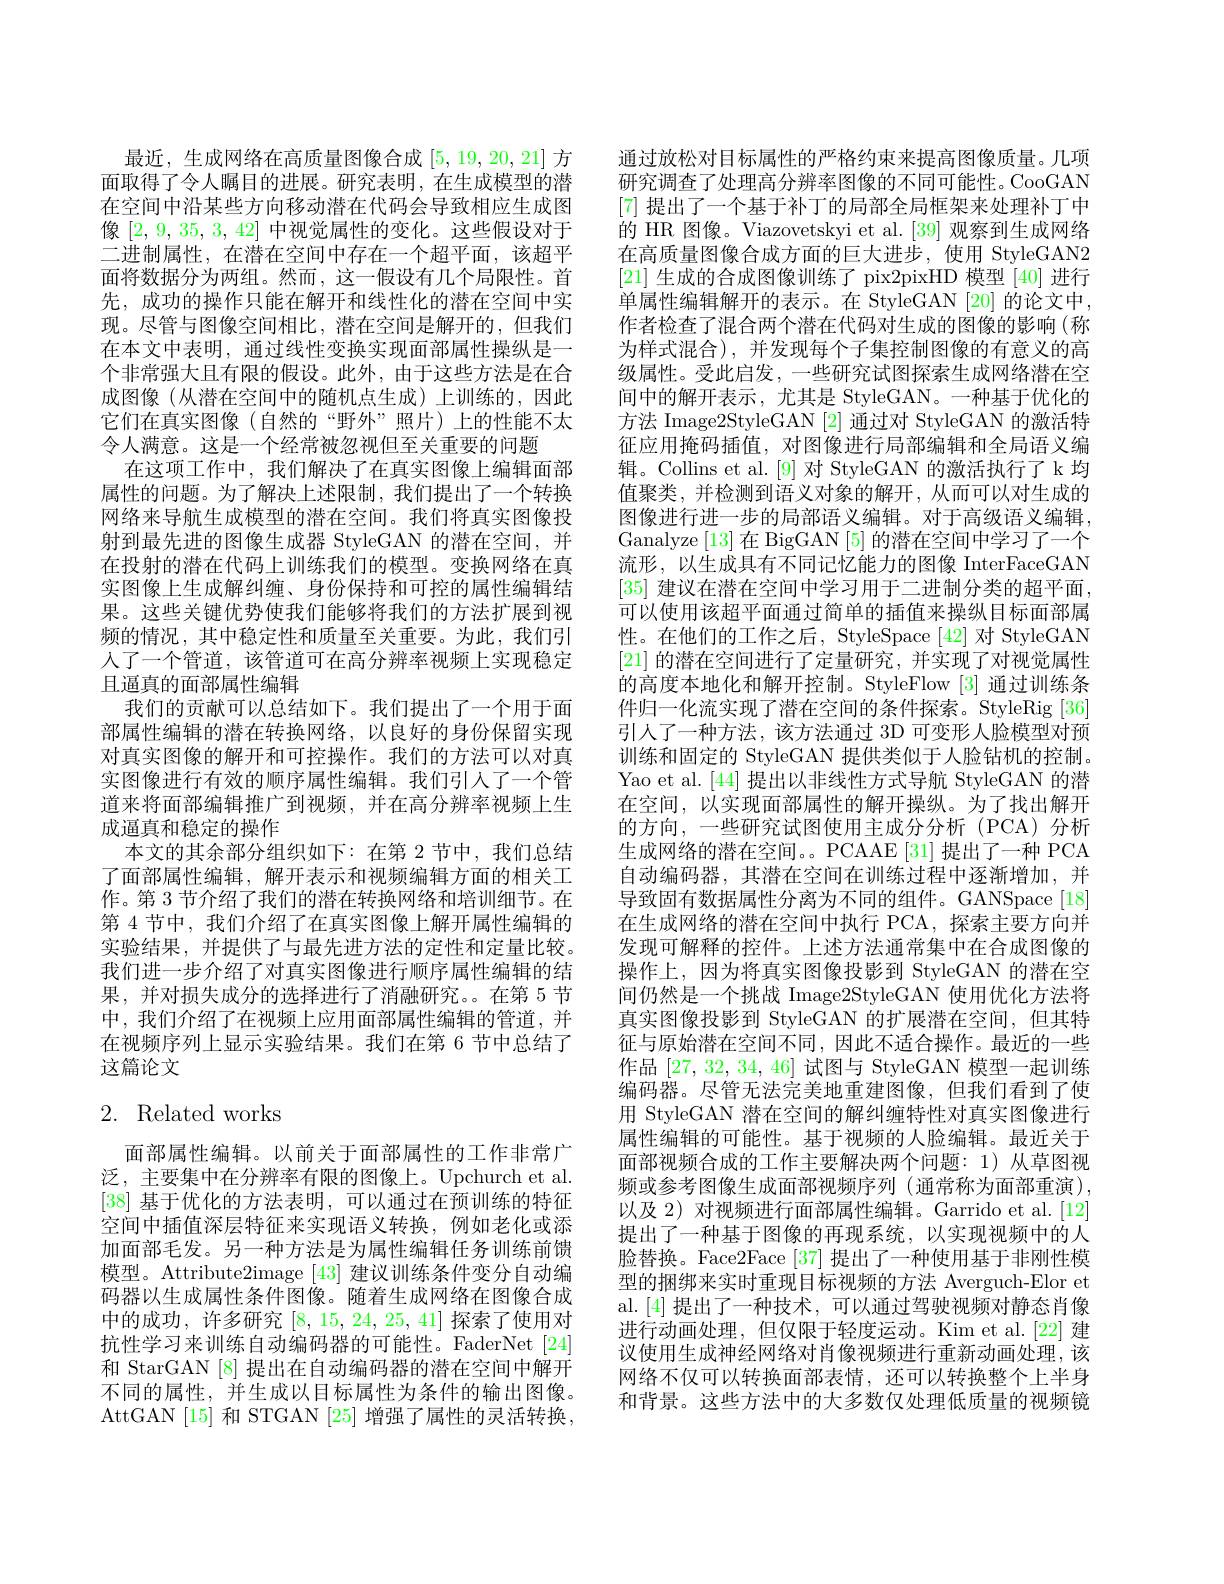
最近，生成网络在高质量图像合成[5,19,20,21]方面取得了令人瞩目的进展。研究表明，在生成模型的潜在空间中沿某些方向移动潜在代码会导致相应生成图像[2,9,35,3,42]中视觉属性的变化。这些假设对于二进制属性，在潜在空间中存在一个超平面，该超平面将数据分为两组。然而，这一假设有几个局限性。首先，成功的操作只能在解开和线性化的潜在空间中实现。尽管与图像空间相比，潜在空间是解开的，但我们在本文中表明，通过线性变换实现面部属性操纵是一个非常强大且有限的假设。此外，由于这些方法是在合成图像(从潜在空间中的随机点生成)上训练的，因此它们在真实图像(自然的“野外”照片)上的性能不太令人满意。这是一个经常被忽视但至关重要的问题
在这项工作中，我们解决了在真实图像上编辑面部属性的问题。为了解决上述限制，我们提出了一个转换网络来导航生成模型的潜在空间。我们将真实图像投射到最先进的图像生成器 StyleGAN 的潜在空间，并在投射的潜在代码上训练我们的模型。变换网络在真实图像上生成解纠缠、身份保持和可控的属性编辑结果。这些关键优势使我们能够将我们的方法扩展到视频的情况，其中稳定性和质量至关重要。为此，我们引人了一个管道，该管道可在高分辨率视频上实现稳定且逼真的面部属性编辑
我们的贡献可以总结如下。我们提出了一个用于面部属性编辑的潜在转换网络，以良好的身份保留实现对真实图像的解开和可控操作。我们的方法可以对真实图像进行有效的顺序属性编辑。我们引人了一个管道来将面部编辑推广到视频，并在高分辨率视频上生成逼真和稳定的操作
本文的其余部分组织如下：在第 2 节中，我们总结了面部属性编辑，解开表示和视频编辑方面的相关工作。第 3 节介绍了我们的潜在转换网络和培训细节。在第 4 节中，我们介绍了在真实图像上解开属性编辑的实验结果，并提供了与最先进方法的定性和定量比较。我们进一步介绍了对真实图像进行顺序属性编辑的结果，并对损失成分的选择进行了消融研究。在第 5 节中，我们介绍了在视频上应用面部属性编辑的管道，并在视频序列上显示实验结果。我们在第 6 节中总结了这篇论文

# 2. Related works

面部属性编辑。以前关于面部属性的工作非常广泛，主要集中在分辨率有限的图像上。Upchurch et al. [38]基于优化的方法表明，可以通过在预训练的特征空间中插值深层特征来实现语义转换，例如老化或添加面部毛发。另一种方法是为属性编辑任务训练前馈模型。Attribute2image [43]建议训练条件变分自动编码器以生成属性条件图像。随着生成网络在图像合成中的成功，许多研究$\left[8,15,24,25,41\right]$探索了使用对抗性学习来训练自动编码器的可能性。FaderNet[24] 和 StarGAN [8] 提出在自动编码器的潜在空间中解开不同的属性，并生成以目标属性为条件的输出图像。AttGAN[15] 和 STGAN [25] 增强了属性的灵活转换，

通过放松对目标属性的严格约束来提高图像质量。几项研究调查了处理高分辨率图像的不同可能性。CooGAN [7]提出了一个基于补丁的局部全局框架来处理补丁中的 HR 图像。Viazovetskyi et al. [39] 观察到生成网络在高质量图像合成方面的巨大进步，使用 StyleGAN2 [21]生成的合成图像训练了 pix2pixHD 模型 [40] 进行单属性编辑解开的表示。在 StyleGAN [20] 的论文中作者检查了混合两个潜在代码对生成的图像的影响(称为样式混合),并发现每个子集控制图像的有意义的高级属性。受此启发，一些研究试图探索生成网络潜在空间中的解开表示，尤其是 StyleGAN。一种基于优化的方法 Image2StyleGAN [2] 通过对 StyleGAN 的激活特征应用掩码插值，对图像进行局部编辑和全局语义编辑。Collins et al.[9] 对 StyleGAN 的激活执行了 k 均值聚类，并检测到语义对象的解开，从而可以对生成的图像进行进一步的局部语义编辑。对于高级语义编辑， Ganalyze [13]在 BigGAN [5]的潜在空间中学习了一个流形，以生成具有不同记忆能力的图像 InterFaceGAN [35] 建议在潜在空间中学习用于二进制分类的超平面， 可以使用该超平面通过简单的插值来操纵目标面部属性。在他们的工作之后，StyleSpace [42]对 StyleGAN [21]的潜在空间进行了定量研究，并实现了对视觉属性的高度本地化和解开控制。StyleFlow [3] 通过训练条件归一化流实现了潜在空间的条件探索。StyleRig [36] 引人了一种方法，该方法通过 3D 可变形人脸模型对预训练和固定的 StyleGAN 提供类似于人脸钻机的控制。Yao et al.[44] 提出以非线性方式导航 StyleGAN 的潜在空间，以实现面部属性的解开操纵。为了找出解开的方向，一些研究试图使用主成分分析(PCA)分析生成网络的潜在空间。PCAAE [31] 提出了一种 PCA 自动编码器，其潜在空间在训练过程中逐渐增加，并导致固有数据属性分离为不同的组件。GANSpace[18] 在生成网络的潜在空间中执行 PCA, 探索主要方向并发现可解释的控件。上述方法通常集中在合成图像的操作上，因为将真实图像投影到 StyleGAN 的潜在空间仍然是一个挑战 Image2StyleGAN 使用优化方法将真实图像投影到 StyleGAN 的扩展潜在空间，但其特征与原始潜在空间不同，因此不适合操作。最近的一些作品[27,32,34,46]试图与 StyleGAN 模型一起训练编码器。尽管无法完美地重建图像，但我们看到了使用 StyleGAN 潜在空间的解纠缠特性对真实图像进行属性编辑的可能性。基于视频的人脸编辑。最近关于面部视频合成的工作主要解决两个问题：1)从草图视频或参考图像生成面部视频序列(通常称为面部重演), 以及 2) 对视频进行面部属性编辑。Garrido et al.[12] 提出了一种基于图像的再现系统，以实现视频中的人脸替换。Face2Face [37] 提出了一种使用基于非刚性模型的捆绑来实时重现目标视频的方法 Averguch-Elor et al.[4]提出了一种技术，可以通过驾驶视频对静态肖像进行动画处理，但仅限于轻度运动。Kim et al.[22] 建议使用生成神经网络对肖像视频进行重新动画处理，该网络不仅可以转换面部表情，还可以转换整个上半身和背景。这些方法中的大多数仅处理低质量的视频镜